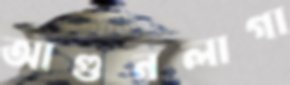
আগুনলাগা